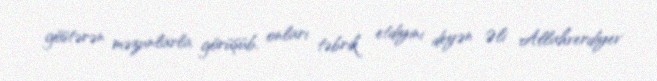
göstərən məzunlarla görüşüb, onları təbrik etdiyini deyən Əli Allahverdiyev